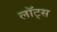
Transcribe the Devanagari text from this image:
लॉट्स